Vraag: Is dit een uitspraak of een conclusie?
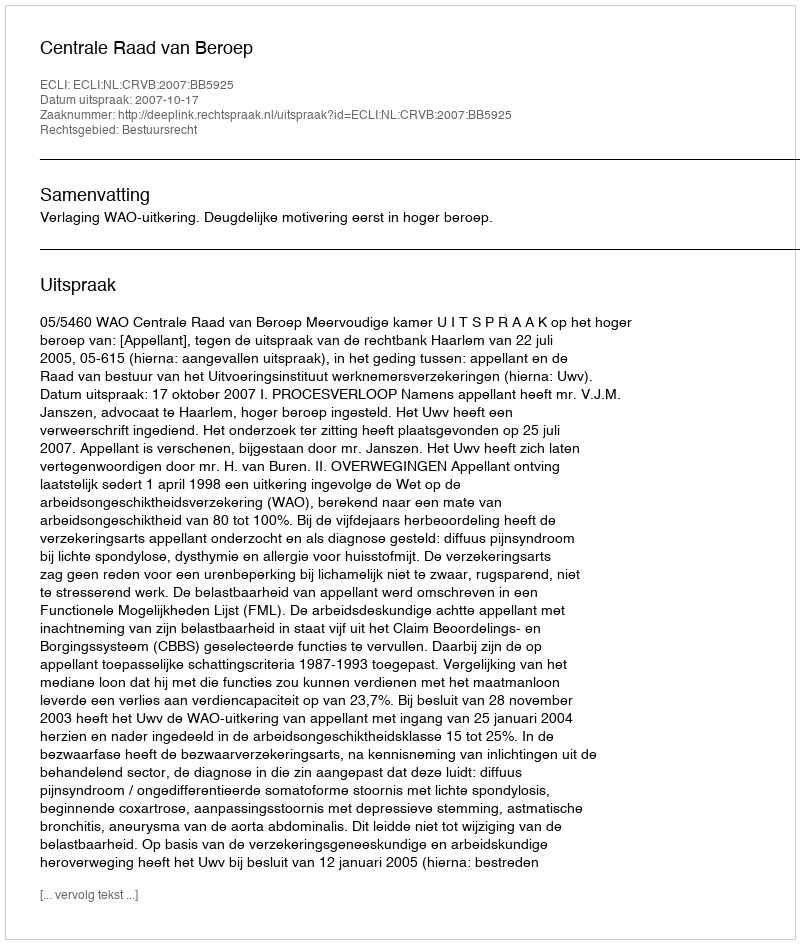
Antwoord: Uitspraak